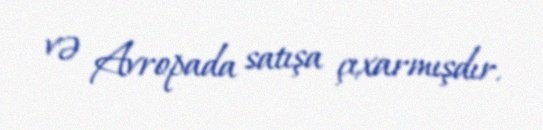
və Avropada satışa çıxarmışdır.